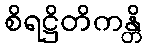
စိရဋ္ဌိတိကန္တိ